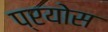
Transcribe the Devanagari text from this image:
प्रयोस